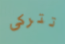
تتركى